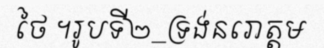
ថៃ ។រូបទី២_ទ្រង់នរោត្តម